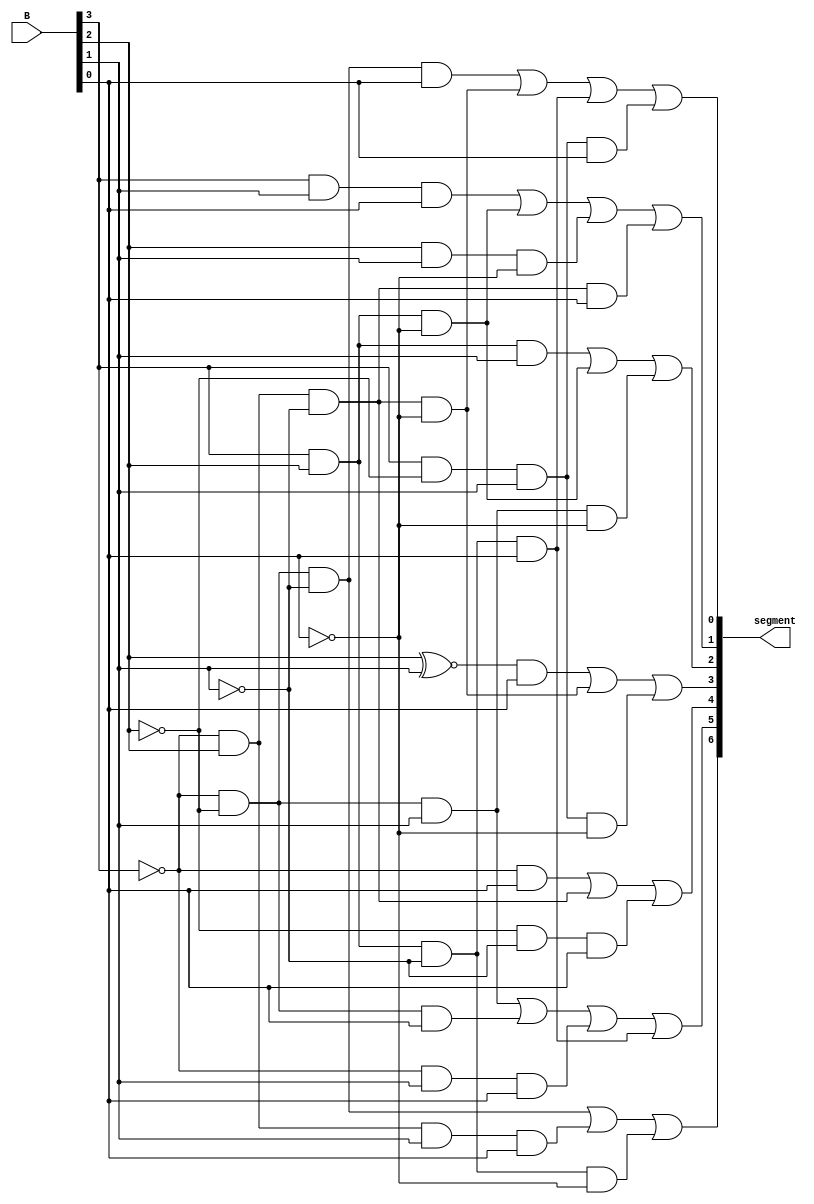
/* module sevenSegment_bitwise
*
*  Purpose: Set the segments of a seven segment display
*
*  Input: Four bit binary representation of the hexadecimal digits 0 - F
*  Output: Seven bit pattern that is a symbolic representation of input
*
*  Examples: Input    Hex       Output   
*            0000      0		1000000    turn on all segments except 6
*            0001      1		1111001    turn on segments 1, 2
*            1010      A        0001000    turn on all segments, except 3
*            1111      F        0001110    turn on 6, 5, 4, 0
*
*  Written for an active low display. 0's turn on segments.
* 
*  Student: Jonathan Boryla
*		    
*/
module sevenSegment_bitwise( B, segment);

	input wire [3:0]B;
	output wire [6:0]segment;
	
	
	
	// S0 = Sum(1, 4, 11, 13)
	assign segment[0] = ~B[3]&~B[2]&~B[1]&B[0] | ~B[3]&B[2]&~B[1]&~B[0] | B[3]&B[2]&~B[1]&B[0] | B[3]&~B[2]&B[1]&B[0];
	
	// S1 = Sum(5, 6, 11, 12, 14, 15)
	assign segment[1]=B[3]&B[1]&B[0]|B[3]&B[2]&~B[0]|B[2]&B[1]&~B[0]|~B[3]&B[2]&~B[1]&B[0];
	
	// S2 = Sum(2, 12, 14, 15)
	assign segment[2]=B[3]&B[2]&B[1]|B[3]&B[2]&~B[0]|~B[3]&~B[2]&B[1]&~B[0];
	
	// S3 = Sum(1, 7, 9, 10,15)
	assign segment[3]=(B[2]~^B[1])&B[0]|~B[3]&B[2]&~B[1]&~B[0]|B[3]&~B[2]&B[1]&~B[0];
	
	// S4 = Sum(1, 3, 4, 5, 7, 9)
	assign segment[4]=~B[3]&B[0]|~B[3]&B[2]&~B[1]|~B[2]&~B[1]&B[0];
	
	// S5 = Sum(1, 2, 3, 7, 13)
	assign segment[5]=~B[3]&~B[2]&B[1]|~B[3]&~B[2]&B[0]|~B[3]&B[1]&B[0]|B[3]&B[2]&~B[1]&B[0];
	
	// S6 = Sum(0, 1, 4, 7, 11)
	assign segment[6]=~B[3]&~B[2]&~B[1]|~B[3]&B[2]&B[1]&B[0]|B[3]&B[2]&~B[1]&~B[0];






endmodule